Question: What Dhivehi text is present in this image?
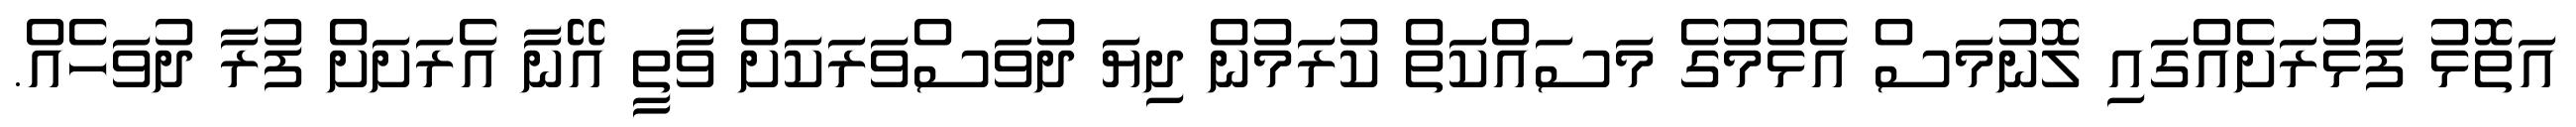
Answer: އަތޮޅު ފަޅުރަށެއްގައި ލޮނުމަސް އެޅުމުގެ މަސައްކަތް ކުރަމުން ދިޔަ ދުވަސްވަރަކަށް ވާތީ އޭނާ އެރަށަށް ފުރާ ދުވަހެއް.